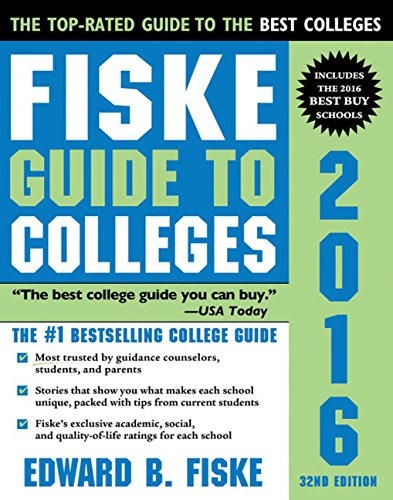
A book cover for Fiske Guide to Colleges 2016; Edward Fiske; Test Preparation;